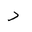
Letter: _dal